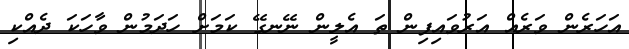
އަހަރެން ވަރެއް އަރުވައިފިން ތަ އެލީން ނޭނގޭ ކަމަށް ހަދަމުން ވާހަކަ ދެއްކި